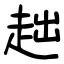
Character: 趉